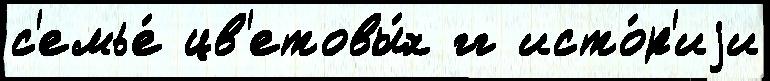
с'емье́ цв'етовы́х гг исто́р'иjи